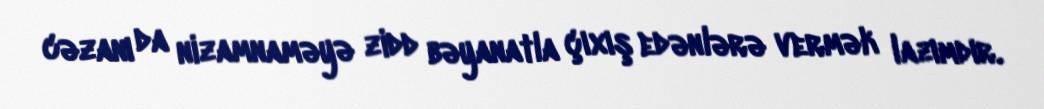
cəzanı da nizamnaməyə zidd bəyanatla çıxış edənlərə vermək lazımdır.